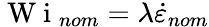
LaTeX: \mathrm{~W~i~}_{nom}=\lambda\dot{\varepsilon}_{nom}